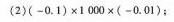
(2)$$ (-0.1) \times1000 \times (-0.01) $$；